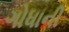
ગોધાની